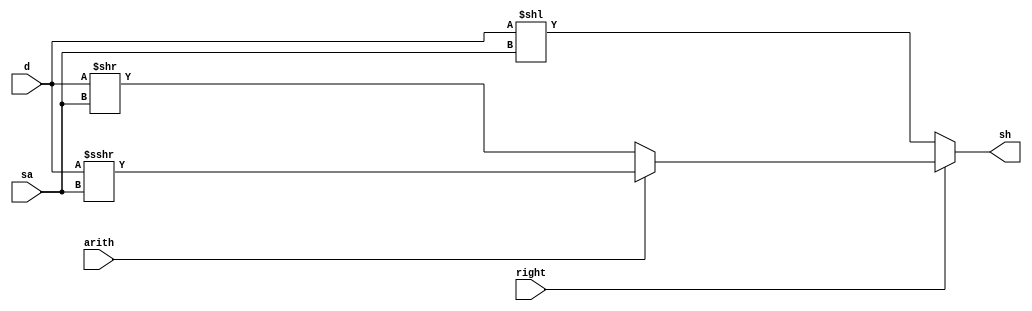
/************************************************
  The Verilog HDL code example is from the book
  Computer Principles and Design in Verilog HDL
  by Yamin Li, published by A JOHN WILEY & SONS
************************************************/
module shift (d,sa,right,arith,sh);     // barrel shift, behavioral style
    input  [31:0] d;                    // input: 32-bit data to be shifted
    input   [4:0] sa;                   // input: shift amount, 5 bits
    input         right;                // 1: shift right; 0: shift left
    input         arith;                // 1: arithmetic shift; 0: logical
    output [31:0] sh;                   // output: shifted result
    reg    [31:0] sh;                   // will be combinational
    always @* begin                     // always block
        if (!right) begin               // if shift left
            sh = d << sa;               //    shift left sa bits
        end else if (!arith) begin      // if shift right logical
            sh = d >> sa;               //    shift right logical sa bits
        end else begin                  // if shift right arithmetic
            sh = $signed(d) >>> sa;     //    shift right arithmetic sa bits
        end
    end
endmodule